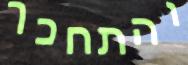
והתחכך